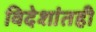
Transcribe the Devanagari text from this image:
विदेशांतही